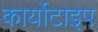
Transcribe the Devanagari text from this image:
कार्योटाइप